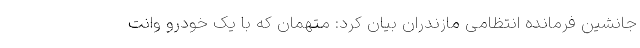
جانشین فرمانده انتظامی مازندران بیان کرد: متهمان که با یک خودرو وانت